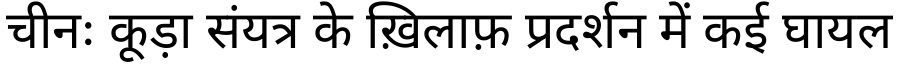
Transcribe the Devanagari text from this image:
चीनः कूड़ा संयत्र के ख़िलाफ़ प्रदर्शन में कई घायल